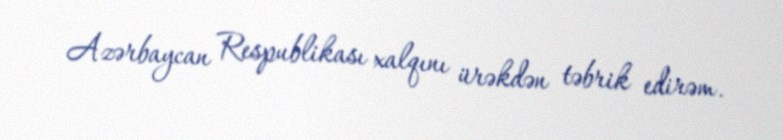
Azərbaycan Respublikası xalqını ürəkdən təbrik edirəm.